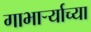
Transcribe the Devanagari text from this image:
गाभार्र्‍याच्या